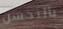
بالتحسن